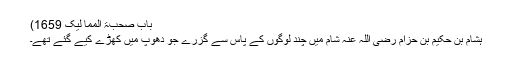
باب صحبۃ المما لیک 1659)
ہشام بن حکیم بن حزام رضی اللہ عنہ شام میں چند لوگوں کے پاس سے گزرے جو دھوپ میں کھڑے کیے گئے تھے۔